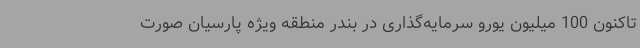
تاکنون 100 میلیون یورو سرمایه‌گذاری در بندر منطقه ویژه پارسیان صورت